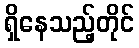
ရှိနေသည့်တိုင်